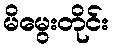
မိမွေးတိုင်း